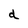
Character: d